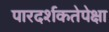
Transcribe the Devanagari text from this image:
पारदर्शकतेपेक्षा